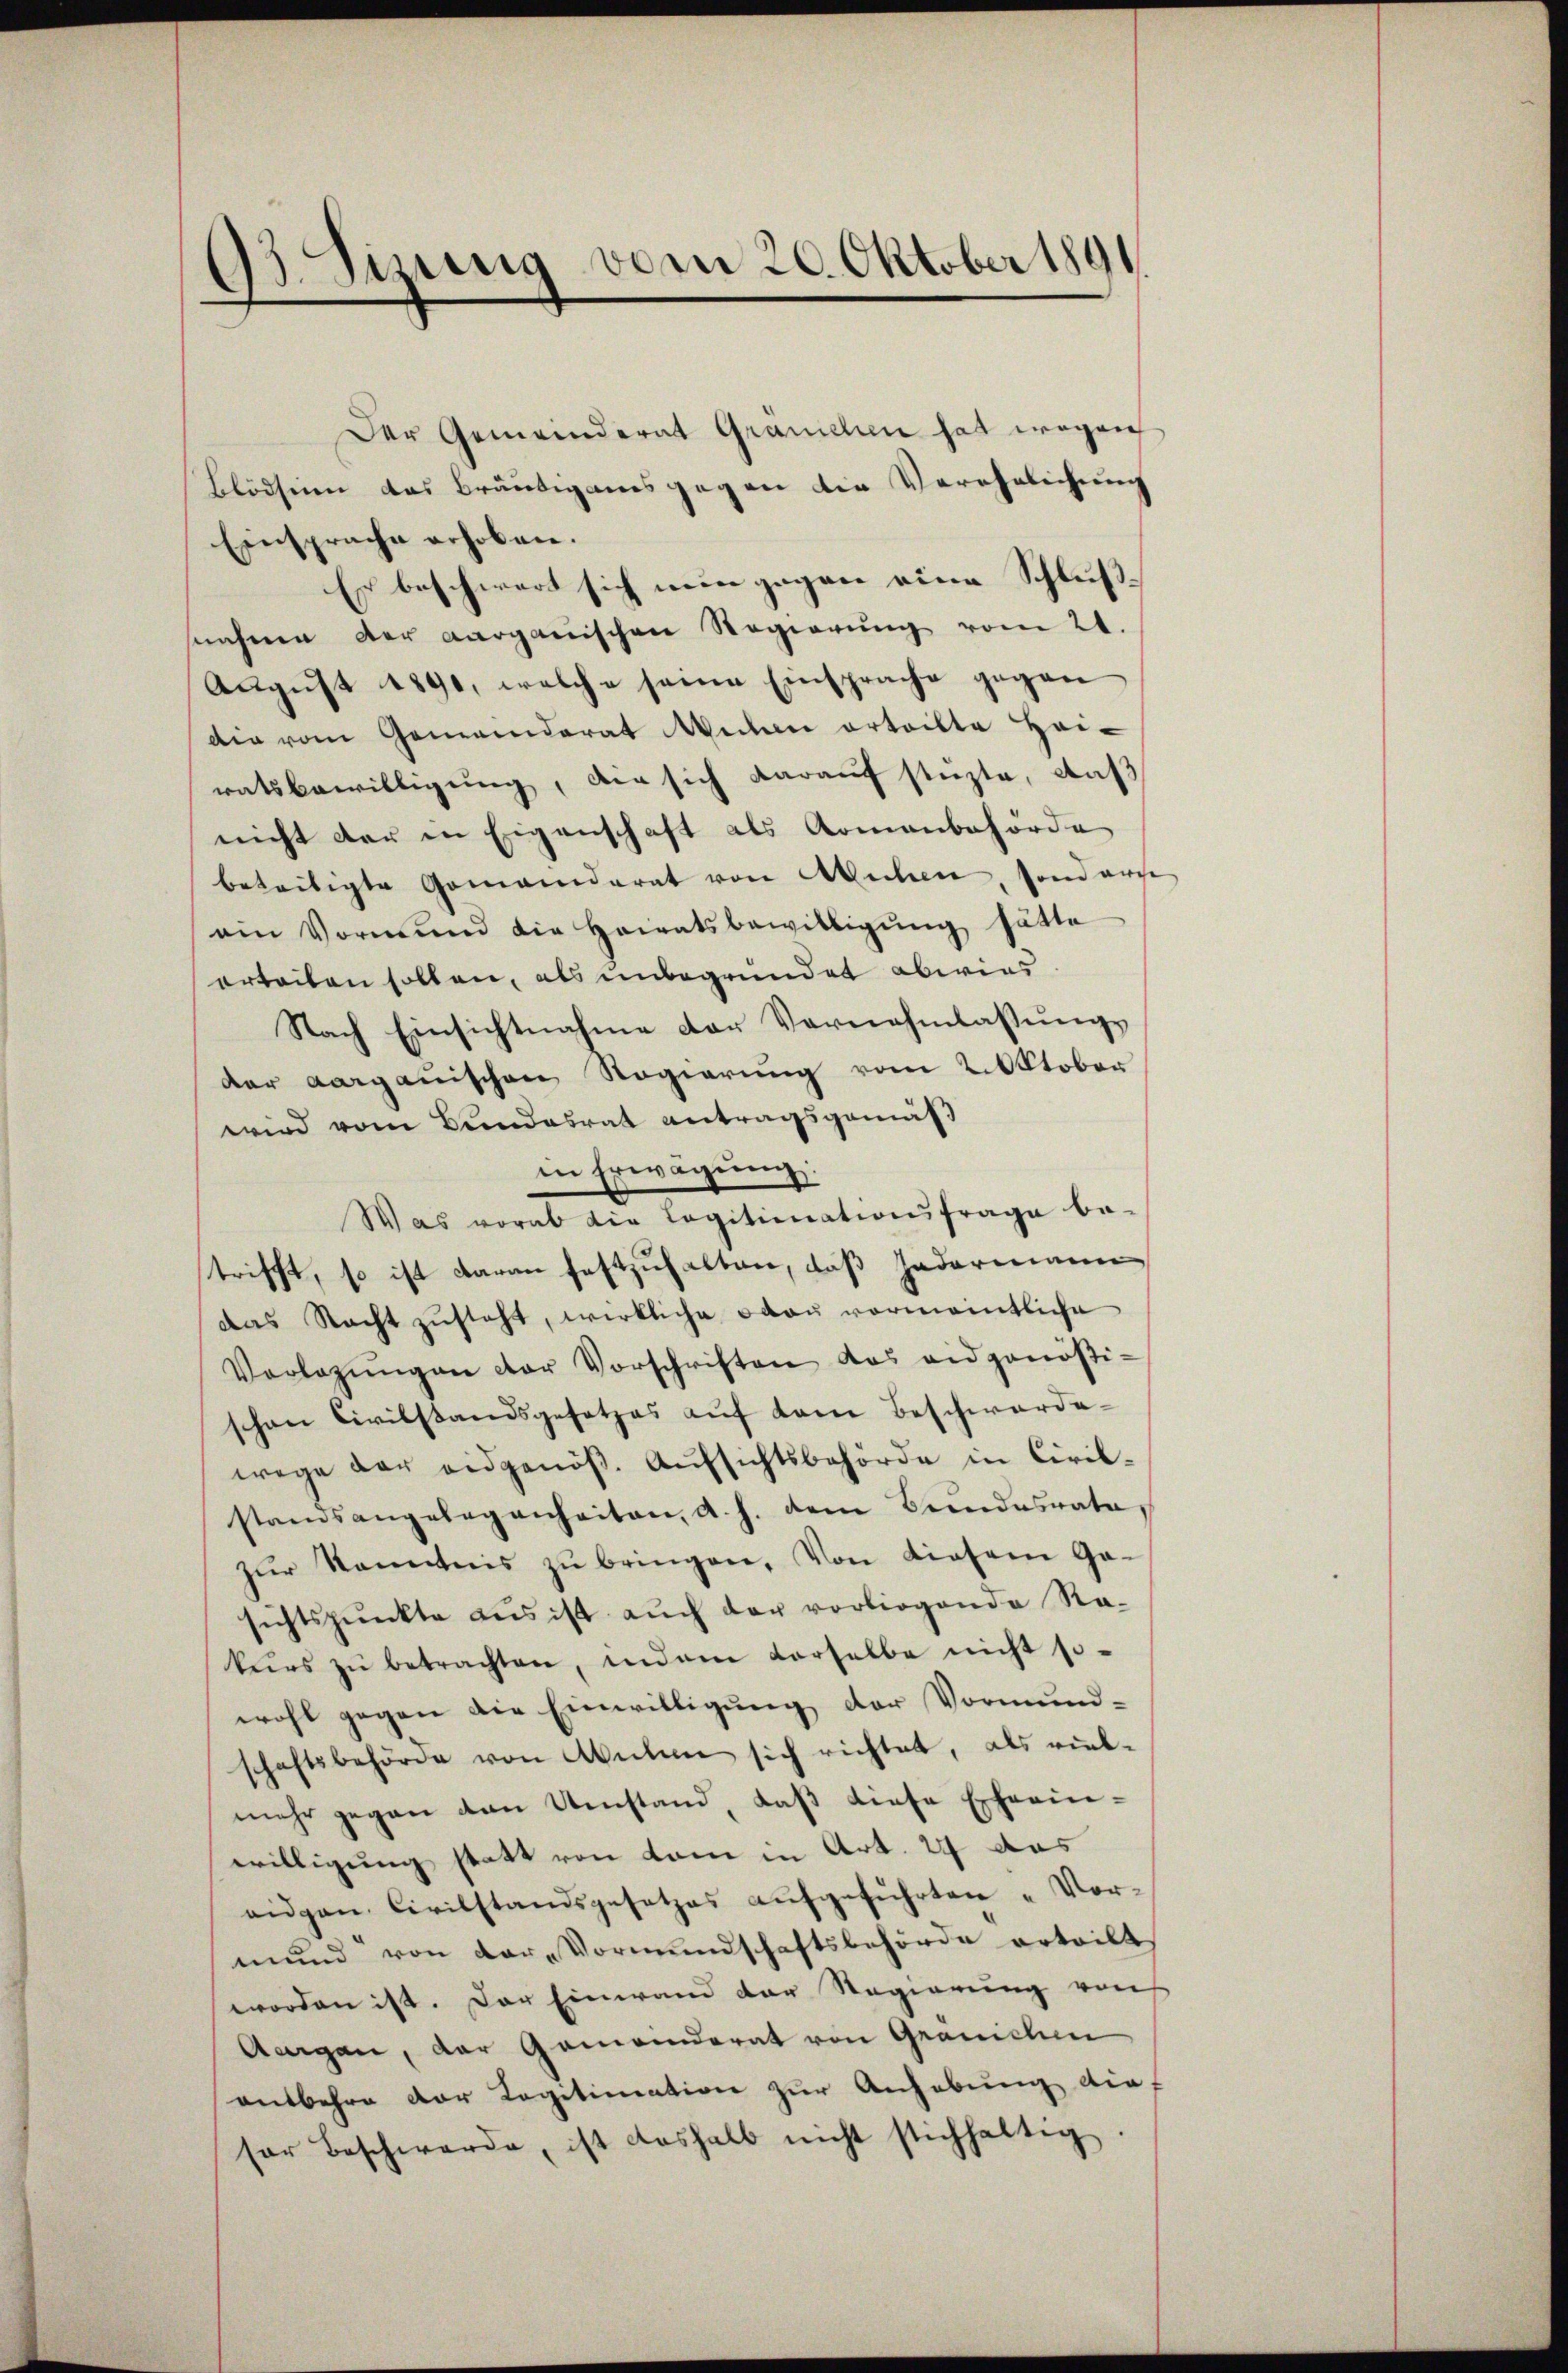
93 Sizung vom 20. Oktober 189
.

Der Gemeinderat Granchen hat wegen
Blödsinn das Bräutigams gegen die Verehelichung
Einsprache erhoben.
Es beschwert sich nun gegen eine Schlußsnahmen der aargauischen Regierŭng vom 21.
August 1890, welche seine Einsprache gegen
dir vom Gemeinderat Weitere erteilte Heiratsbewilligung, der sich darauf stüzte, auß
nicht der in Eigenschaft als Romanbehörde
betreitigte Gemeinderat von Wichen, sonderse
ein Vormund die Heiratsbewilligŭng hätte
erteilen sollen, als unbegründet abwies
Nach Einsichtnahme der Vernehmlassŭngs
der aargauischen Regierung vom 2. Oktober
wird vom Bundesrat antragsgemäß
in Erwägung:
Was vorab die Legitimationsfrage be-
trifft, so ist daran festzuhalten, daß Hadermann
das Nacht zŭsteht, wirkliche Frau vormanntliche
Vorlegŭngen der Vorschriften das eidgenößischen Civilstandsgesetzes auf dem Beschwarde-
wege der eidgenöß. Aufsichtsbehörde in Civil-
standsangelegenheiten, d. h. dem Bundesrate,
zŭr Kenntnis zŭ bringen. Von diesem Ge-
sichtspunkte aus ist auch der vorliegende Re-
kŭrs zŭ betrachten, indem verselbe nicht so-
wohl gegen die Einwilligung der Vormund-
schaftsbehörde von Auten sich richtet, als rück-
mehr gegen van Umstand, daβ diese Eheein-
willigung statt von kam in Art. 24 das
eidgen. Civilstandsgesetzes aŭfgeführten „Vor-
mund von der Vormundschaftsbehörde erteilt
worden ist. Der Einwand der Regierung von
Aargau, der Gemeinderat von Granichen
entbehre der Legitimation zur Anhebung die
sor Beschwerde, ist deshalb nicht stichhaltig